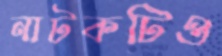
নাটকটিও